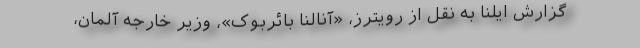
گزارش ایلنا به نقل از رویترز، «آنالنا بائربوک»، وزیر خارجه آلمان،